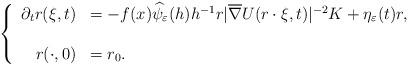
LaTeX: \begin{align*}\left\{\begin{array}{rl}\partial_tr(\xi,t)&=-f(x) \widehat{\psi}_\varepsilon(h) h^{-1} r|\overline{\nabla} U(r\cdot\xi,t)|^{-2}K+\eta_\varepsilon(t)r ,\\\\r(\cdot,0)&=r_0.\end{array}\right.\end{align*}